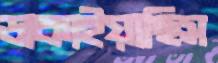
ডাকাইয়াছিস